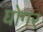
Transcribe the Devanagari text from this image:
घोगर